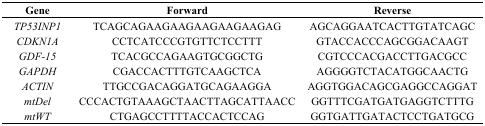
<table><thead><tr><td><b>Gene</b></td><td><b>Forward</b></td><td><b>Reverse</b></td></tr></thead><tbody><tr><td><i>TP53INP1</i></td><td>TCAGCAGAAGAAGAAGAAGAAGAG</td><td>AGCAGGAATCACTTGTATCAGC</td></tr><tr><td><i>CDKN1A</i></td><td>CCTCATCCCGTGTTCTCCTTT</td><td>GTACCACCCAGCGGACAAGT</td></tr><tr><td><i>GDF-15</i></td><td>TCACGCCAGAAGTGCGGCTG</td><td>CGTCCCACGACCTTGACGCC</td></tr><tr><td><i>GAPDH</i></td><td>CGACCACTTTGTCAAGCTCA</td><td>AGGGGTCTACATGGCAACTG</td></tr><tr><td><i>ACTIN</i></td><td>TTGCCGACAGGATGCAGAAGGA</td><td>AGGTGGACAGCGAGGCCAGGAT</td></tr><tr><td><i>mtDel</i></td><td>CCCACTGTAAAGCTAACTTAGCATTAACC</td><td>GGTTTCGATGATGAGGTCTTTG</td></tr><tr><td><i>mtWT</i></td><td>CTGAGCCTTTTACCACTCCAG </td><td>GGTGATTGATACTCCTGATGCG</td></tr></tbody></table>